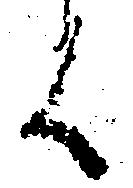
候